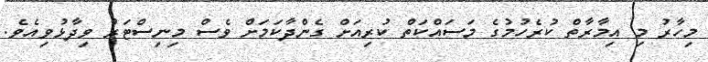
މިހާރު މި އިމާރާތް ކުރެހުމުގެ މަސައްކަތް ކުރިއަށް ގެންދާކަމަށް ވެސް މިނިސްޓަރު ވިދާޅުވިއެވެ.